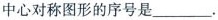
中心对称图形的序号是_____.